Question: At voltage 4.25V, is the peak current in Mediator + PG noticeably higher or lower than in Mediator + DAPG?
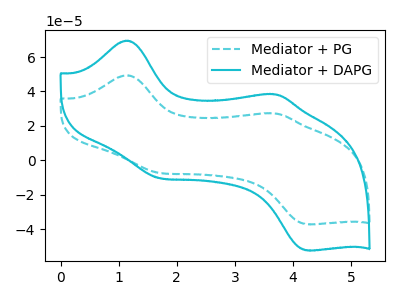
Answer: <think>The cyan dashed curve "Mediator + PG" has anodic peaks at (1.10V, 49.35uA) (3.70V, 27.20uA) and cathodic peaks at (1.70V, -7.40uA) (4.25V, -37.20uA). The cyan curve "Mediator + DAPG" has anodic peaks at (1.10V, 69.50uA) (3.70V, 38.35uA) and cathodic peaks at (1.70V, -10.40uA) (4.25V, -52.40uA).</think>
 <answer>The peak at 4.25V is lower in "Mediator + PG" than in "Mediator + DAPG".</answer>
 <eval>lower</eval>